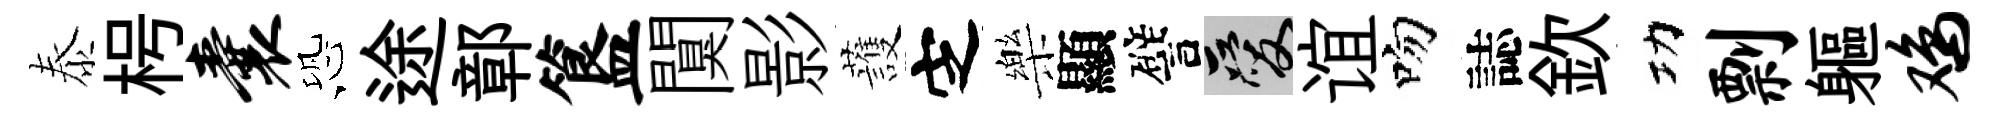
泰枵囊恐途鄣簋闃影䕶㝎樂顯譬爱谊吻誌欽功剽軀鸡